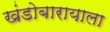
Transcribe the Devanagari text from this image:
खंडोबारायाला